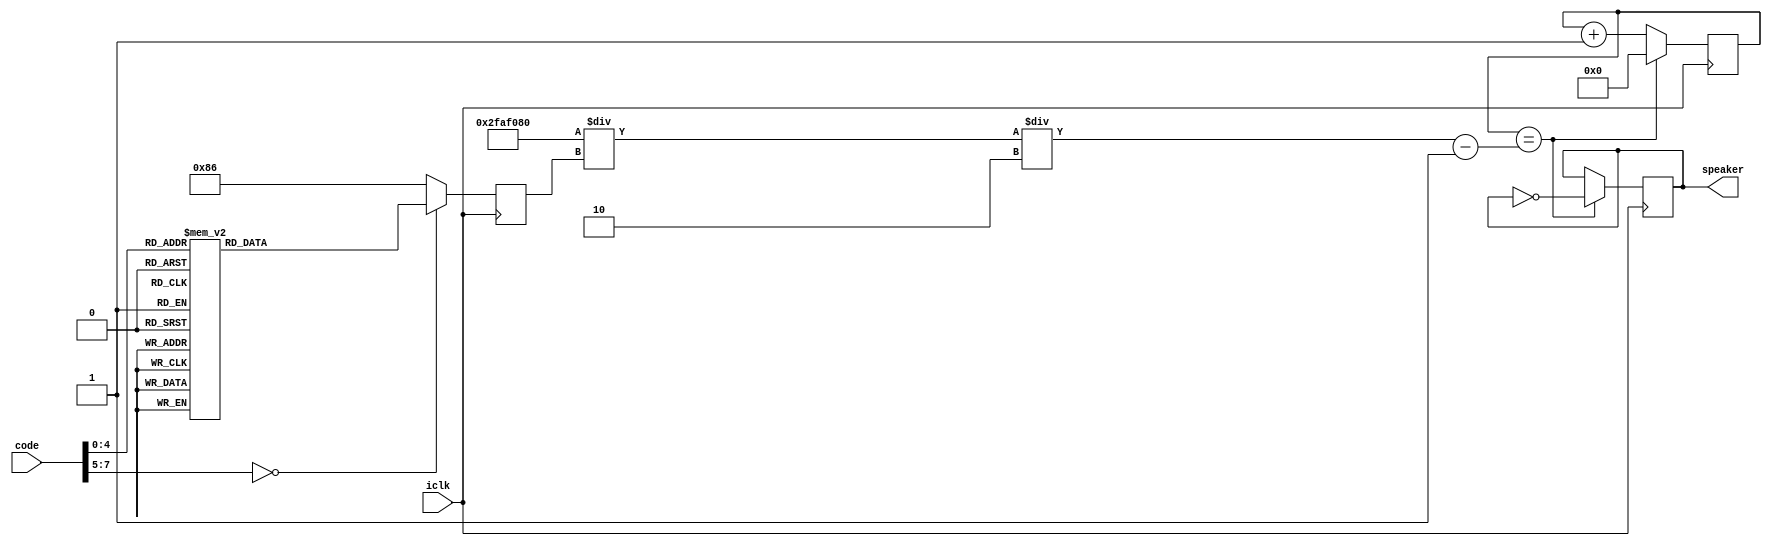
module player(iclk,code,speaker);
input iclk;
input [7:0] code;
output speaker;

reg [18:0]Tone;
reg [18:0]cnt;
reg clk_temp;
assign speaker=clk_temp;
always@(posedge iclk)
begin
	case(code)
	5'd0:Tone<=134;
	5'd01:Tone<=494 ;
	5'd02:Tone<=554 ;
	5'd03:Tone<=622 ;
	5'd04:Tone<=659 ;
	5'd05:Tone<=740 ;
	5'd06:Tone<=831 ;
	5'd07:Tone<=932 ;
	5'd11:Tone<=988 ;
	5'd12:Tone<=1109 ;
	5'd13:Tone<=1245 ;
	5'd14:Tone<=1318 ;
	5'd15:Tone<=1480 ;
	5'd16:Tone<=1661 ;
	5'd17:Tone<=1865 ;
	5'd21:Tone<=1976 ;
	5'd22:Tone<=2218 ;
	5'd23:Tone<=2490 ;
	5'd24:Tone<=2636 ;
	5'd25:Tone<=2960 ;
	5'd26:Tone<=2322 ;
	5'd27:Tone<=3730 ;
	default: Tone<=134;
	endcase
	if(cnt==(50000000/Tone)/2-1)
		begin
		clk_temp=~clk_temp;
		cnt<=0;
		end
	else cnt<=cnt+1;
end


endmodule